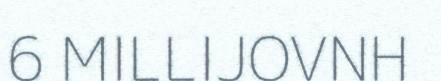
6 MILLIJOVNH